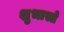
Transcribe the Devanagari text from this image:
शुभास्ते